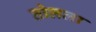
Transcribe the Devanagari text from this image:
तोलला